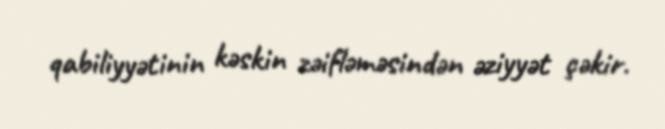
qabiliyyətinin kəskin zəifləməsindən əziyyət çəkir.